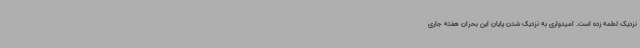
نزدیک لطمه زده است. امیدواری به نزدیک شدن پایان این بحران هفته جاری